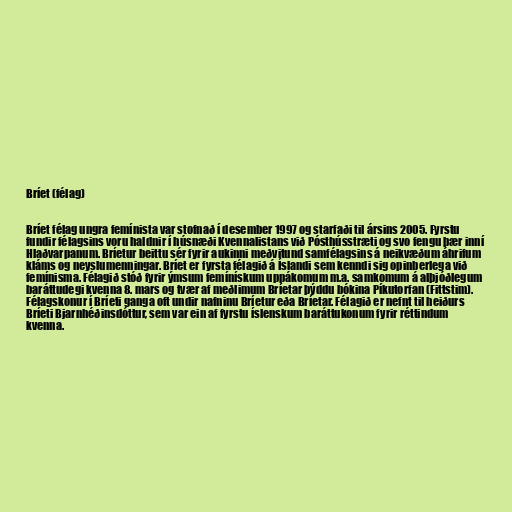
Bríet (félag)

Bríet félag ungra femínista var stofnað í desember 1997 og starfaði til ársins 2005. Fyrstu
fundir félagsins voru haldnir í húsnæði Kvennalistans við Pósthússtræti og svo fengu þær inní
Hlaðvarpanum. Bríetur beittu sér fyrir aukinni meðvitund samfélagsins á neikvæðum áhrifum
kláms og neyslumenningar. Bríet er fyrsta félagið á Íslandi sem kenndi sig opinberlega við
femínisma. Félagið stóð fyrir ýmsum femínískum uppákomum m.a. samkomum á alþjóðlegum
baráttudegi kvenna 8. mars og tvær af meðlimum Bríetar þýddu bókina Píkutorfan (Fittstim).
Félagskonur í Bríeti ganga oft undir nafninu Bríetur eða Bríetar. Félagið er nefnt til heiðurs
Bríeti Bjarnhéðinsdóttur, sem var ein af fyrstu íslenskum baráttukonum fyrir réttindum
kvenna.